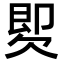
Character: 𣣝